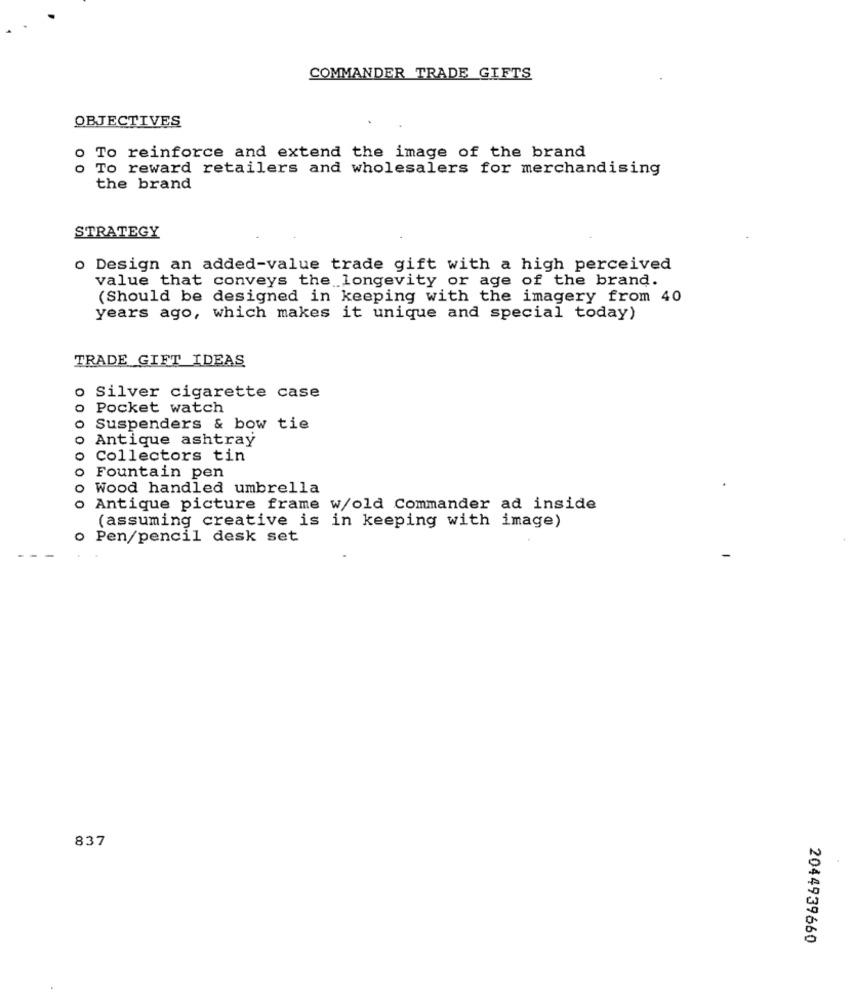
COMMANDER TRADE GIFTS
OBJECTIVES
To reinforce and extend the image of the brand
o To reward retailers and wholesalers for merchandising
the brand
STRATEGY
o Design an added-value trade gift with a high perceived
value that conveys the longevity or age of the brand.
(Should be designed in keeping with the imagery from 40
years ago, which makes it unique and special today)
TRADE GIFT IDEAS
Silver cigarette case
o Pocket watch
Suspenders & bow tie
o Antique ashtray
0000
o Collectors tin
Fountain pen
Wood handled umbrella
Antique picture frame w/old Commander ad inside
000
(assuming creative is in keeping with image)
o Pen/pencil desk set
837
2044939660